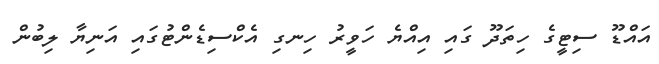
އައްޑޫ ސިޓީގެ ހިތަަދޫ ގައި އިއްްޔެ ހަވީރު ހިނގި އެކްސިޑެންޓުގައި އަނިޔާ ލިބުން